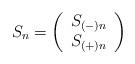
LaTeX: \begin{align*}S_{n}=\left( \begin{array}{c}S_{(-)n}\\S_{(+)n}\end{array}\right)\end{align*}